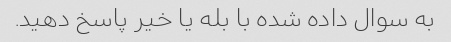
به سوال داده شده با بله یا خیر پاسخ دهید.